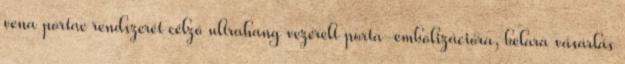
vena portae rendszerét célzó ultrahang vezérelt porta-embolizációra, belara vásárlás